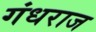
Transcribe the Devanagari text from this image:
गंधराज